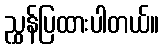
ညွှန်ပြထားပါတယ်။